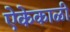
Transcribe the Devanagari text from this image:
ऐकेकाळी